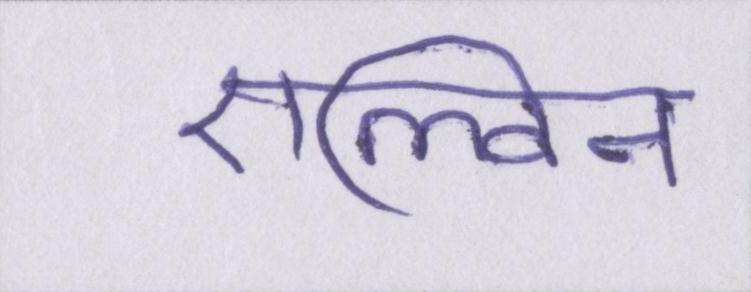
एल्विन